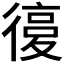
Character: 𢕒